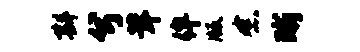
斟兮茸侔版念晰